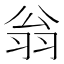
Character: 翁